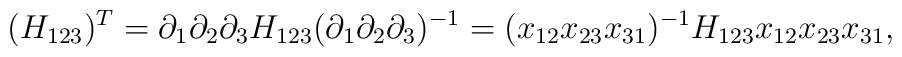
(H_{123})^T=\partial_1\partial_2\partial_3H_{123}(\partial_1\partial_2\partial_3)^{-1}=(x_{12}x_{23}x_{31})^{-1}H_{123}x_{12}x_{23}x_{31},